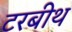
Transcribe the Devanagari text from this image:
टरबीथ